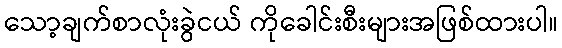
သော့ချက်စာလုံးခွဲငယ် ကိုခေါင်းစီးများအဖြစ်ထားပါ။